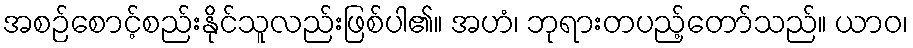
အစဉ်စောင့်စည်းနိုင်သူလည်းဖြစ်ပါ၏။ အဟံ၊ ဘုရားတပည့်တော်သည်။ ယာဝ၊